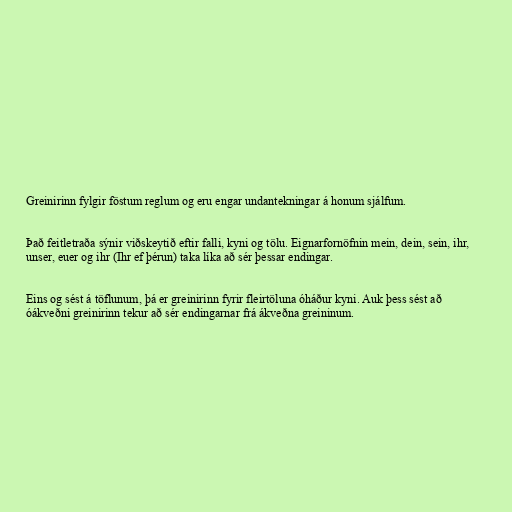
Greinirinn fylgir föstum reglum og eru engar undantekningar á honum sjálfum.

Það feitletraða sýnir viðskeytið eftir falli, kyni og tölu. Eignarfornöfnin mein, dein, sein, ihr,
unser, euer og ihr (Ihr ef þérun) taka líka að sér þessar endingar.

Eins og sést á töflunum, þá er greinirinn fyrir fleirtöluna óháður kyni. Auk þess sést að
óákveðni greinirinn tekur að sér endingarnar frá ákveðna greininum.